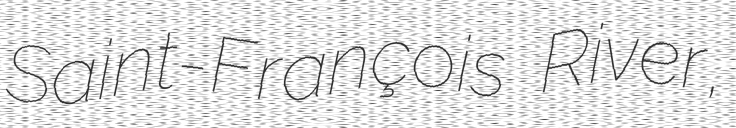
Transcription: Saint-François River,